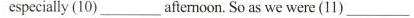
especially (10) ___ afternoon. So as we were (11) ___